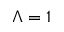
\Lambda = 1